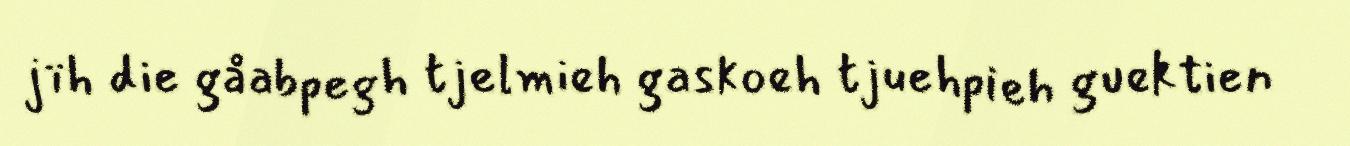
jïh die gåabpegh tjelmieh gaskoeh tjuehpieh guektien